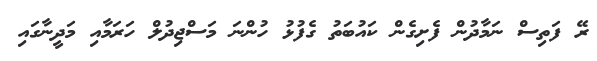
ރޭ ފަތިސް ނަމާދުން ފެށިގެން ކައުބަތު ގެފުޅު ހުންނަ މަސްޖިދުލް ހަރަމާއި މަދީނާގައި